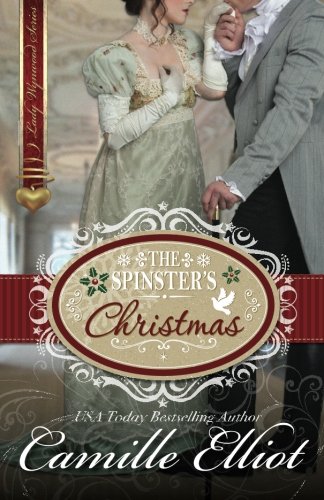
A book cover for The Spinster's Christmas (Lady Wynwood series) (Volume 1); Camille Elliot; Romance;